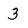
Character: 3